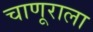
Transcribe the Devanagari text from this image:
चाणूराला